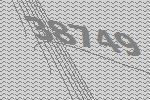
38749